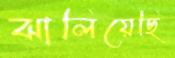
ঝালিয়েছি